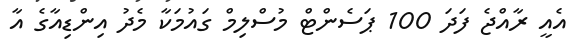
އެއީ ރާއްޖެ ފަދަ 100 ޕަސެންޓް މުސްލިމް ގައުމަކާ މެދު އިންޑިއާގެ އާ